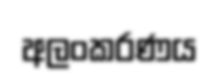
අලංකරණය